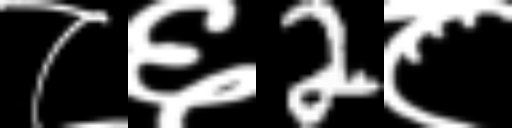
Text: ८६2८